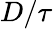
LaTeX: D/\tau